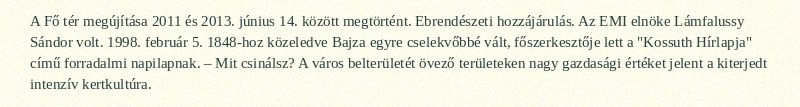
A Fő tér megújítása 2011 és 2013. június 14. között megtörtént. Ebrendészeti hozzájárulás. Az EMI elnöke Lámfalussy Sándor volt. 1998. február 5. 1848-hoz közeledve Bajza egyre cselekvőbbé vált, főszerkesztője lett a "Kossuth Hírlapja" című forradalmi napilapnak. – Mit csinálsz? A város belterületét övező területeken nagy gazdasági értéket jelent a kiterjedt intenzív kertkultúra.